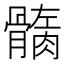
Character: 𩪏